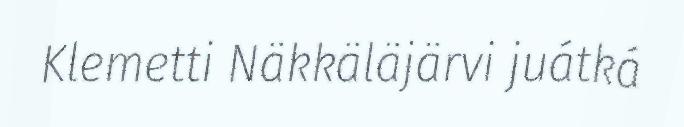
Klemetti Näkkäläjärvi juátká